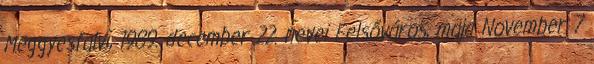
Meggyesfalvi, 1989. december 22. nevei Felsőváros, majd November 7